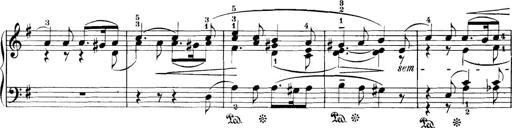
Title: 3 Sonatinas
Composer: Carl Reinecke